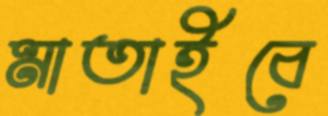
মাতাইবে